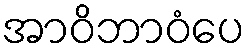
အာဝိဘာဝံပေ